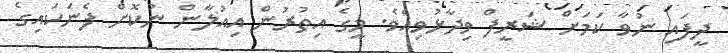
ދީފައި ނުވާ ކަމަށް ޝަރީފް ވިދާޅުވިއެވެ. މީގެ އިތުރުން އިއުލާން ނުކޮށް ފެނަަކައިގެ